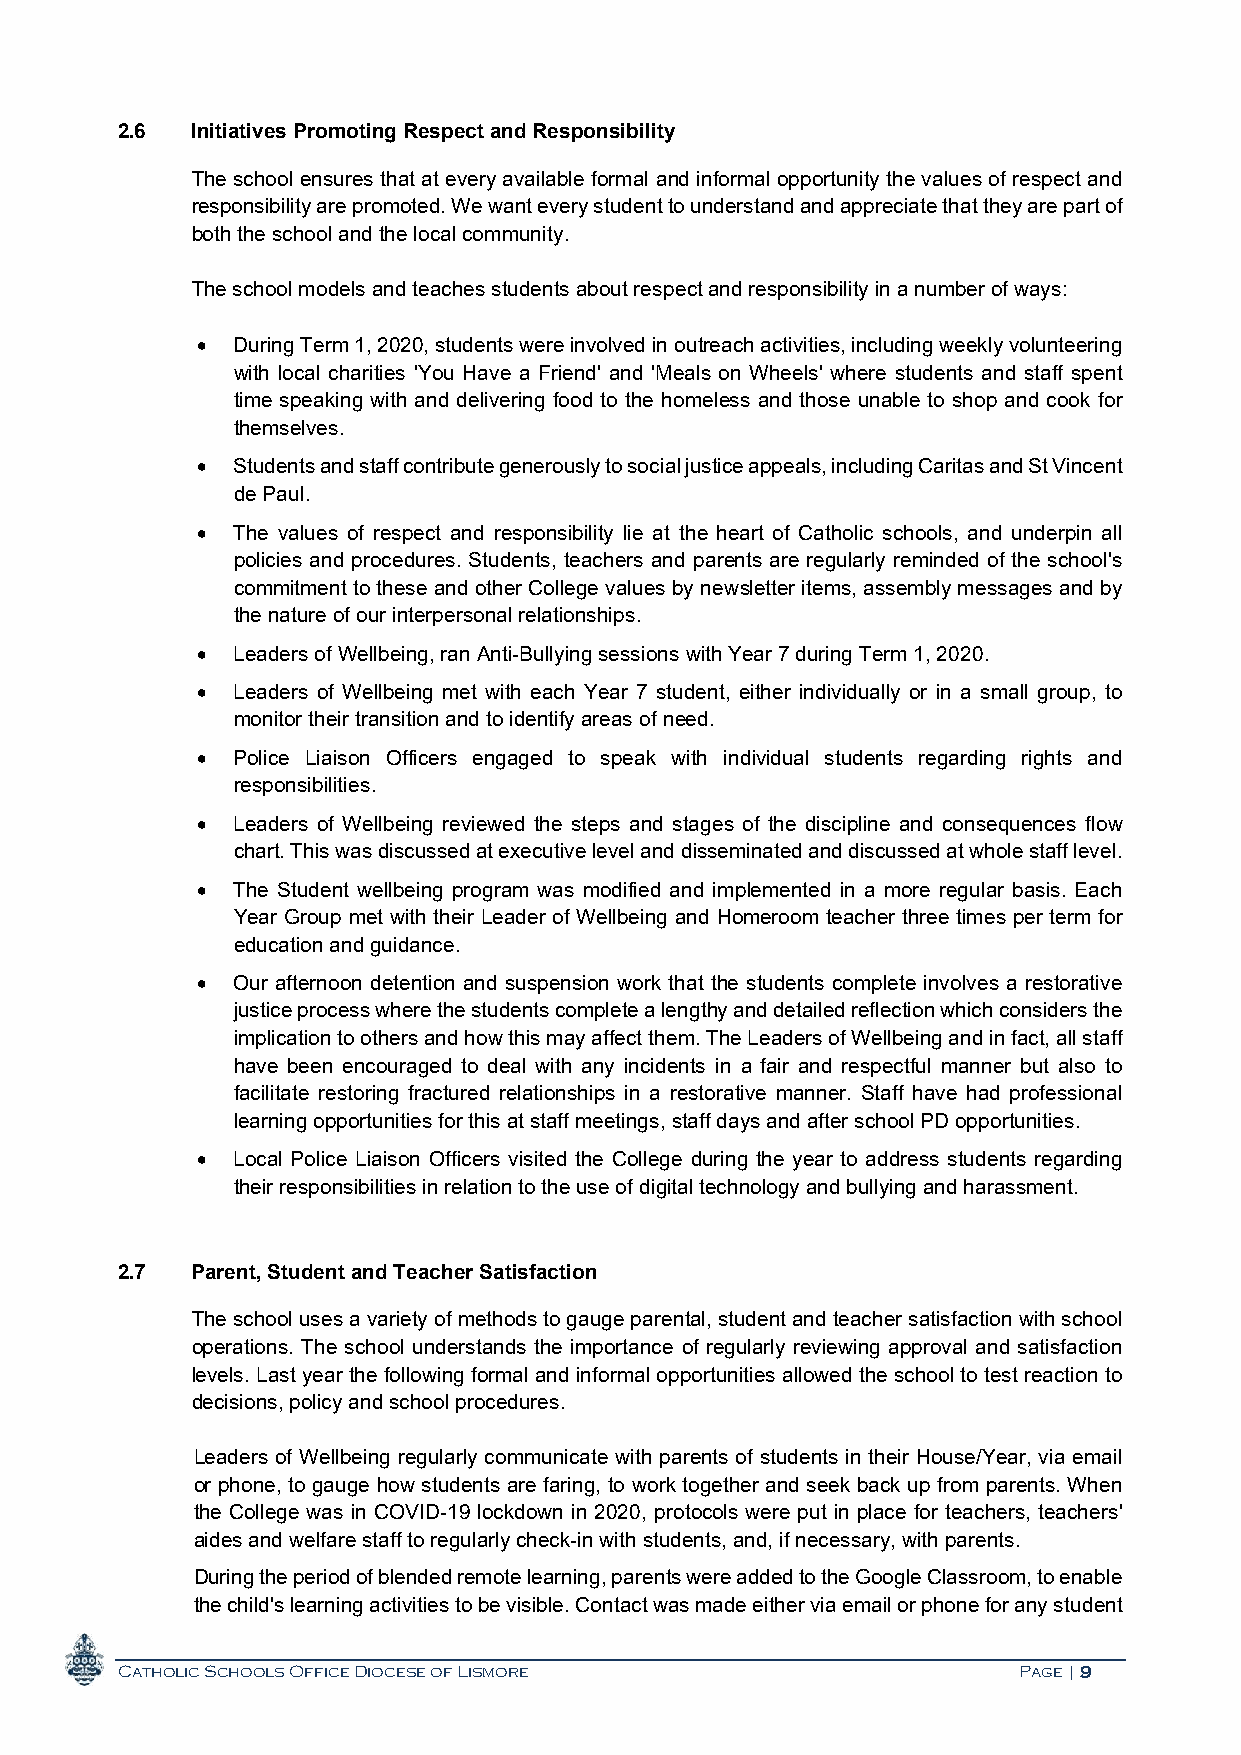
2.6  Initiatives Promoting Respect and Responsibility
 The school ensures that at every available formal and informal opportunity the values of respect and
 responsibility are promoted. We want every student to understand and appreciate that they are part of
 both the school and the local community.
 The school models and teaches students about respect and responsibility in a number of ways:
  During Term 1, 2020, students were involved in outreach activities, including weekly volunteering
 with local charities 'You Have a Friend' and 'Meals on Wheels' where students and staff spent
 time speaking with and delivering food to the homeless and those unable to shop and cook for
 themselves.
  Students and staff contribute generously to social justice appeals, including Caritas and St Vincent
 de Paul.
  The values of respect and responsibility lie at the heart of Catholic schools, and underpin all
 policies and procedures. Students, teachers and parents are regularly reminded of the school's
 commitment to these and other College values by newsletter items, assembly messages and by
 the nature of our interpersonal relationships.
  Leaders of Wellbeing, ran Anti-Bullying sessions with Year 7 during Term 1, 2020.
  Leaders of Wellbeing met with each Year 7 student, either individually or in a small group, to
 monitor their transition and to identify areas of need.
  Police Liaison Officers engaged to speak with individual students regarding rights and
 responsibilities.
  Leaders of Wellbeing reviewed the steps and stages of the discipline and consequences flow
 chart. This was discussed at executive level and disseminated and discussed at whole staff level.
  The Student wellbeing program was modified and implemented in a more regular basis. Each
 Year Group met with their Leader of Wellbeing and Homeroom teacher three times per term for
 education and guidance.
  Our afternoon detention and suspension work that the students complete involves a restorative
 justice process where the students complete a lengthy and detailed reflection which considers the
 implication to others and how this may affect them. The Leaders of Wellbeing and in fact, all staff
 have been encouraged to deal with any incidents in a fair and respectful manner but also to
 facilitate restoring fractured relationships in a restorative manner. Staff have had professional
 learning opportunities for this at staff meetings, staff days and after school PD opportunities.
  Local Police Liaison Officers visited the College during the year to address students regarding
 their responsibilities in relation to the use of digital technology and bullying and harassment.
 2.7  Parent, Student and Teacher Satisfaction
 The school uses a variety of methods to gauge parental, student and teacher satisfaction with school
 operations. The school understands the importance of regularly reviewing approval and satisfaction
 levels. Last year the following formal and informal opportunities allowed the school to test reaction to
 decisions, policy and school procedures.
 Leaders of Wellbeing regularly communicate with parents of students in their House/Year, via email
 or phone, to gauge how students are faring, to work together and seek back up from parents. When
 the College was in COVID-19 lockdown in 2020, protocols were put in place for teachers, teachers'
 aides and welfare staff to regularly check-in with students, and, if necessary, with parents.
 During the period of blended remote learning, parents were added to the Google Classroom, to enable
 the child's learning activities to be visible. Contact was made either via email or phone for any student
 Catholic Schools Office Diocese of Lismore                 Page | 9